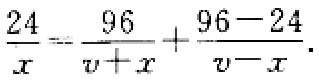
$\frac{24}{x}=\frac{96}{v + x}+\frac{96 - 24}{v - x}$